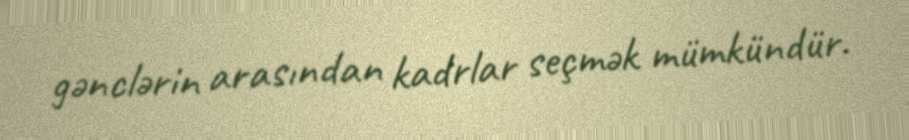
gənclərin arasından kadrlar seçmək mümkündür.